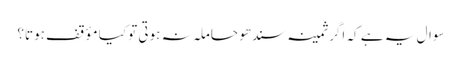
سوال یہ ہے کہ اگر ثمینہ سندھو حاملہ نہ ہوتی تو کیا مؤقف ہوتا؟